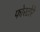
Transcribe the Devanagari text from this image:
फोरटोरे